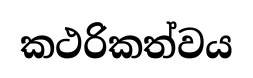
කථරිකත්වය